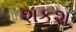
શકશ